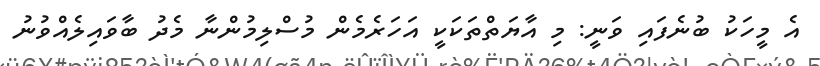
އެ މީހަކު ބުނެފައި ވަނީ: މި އާޔަތްތަކަކީ އަހަރެމެން މުސްލިމުންނާ މެދު ބާވައިލެއްވުނު